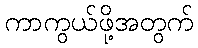
ကာကွယ်ဖို့အတွက်